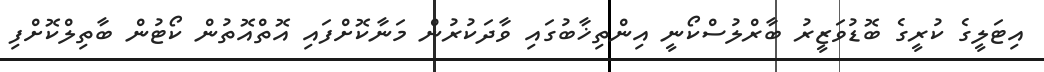
އިޓަލީގެ ކުރީގެ ބޮޑުވަޒީރު ބާރްލުސްކޯނީ އިންތިޚާބުގައި ވާދަކުރުން މަނާކޮށްފައި އޮތްއޮތުން ކޯޓުން ބާތިލްކޮށްފި